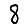
Digit: 8